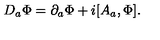
D _ { a } \Phi = \partial _ { a } \Phi + i [ A _ { a } , \Phi ] .